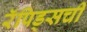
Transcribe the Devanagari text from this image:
रॅपिड्सची